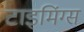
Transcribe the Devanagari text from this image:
टाइमिंग्स